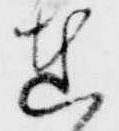
在